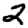
Digit: 2